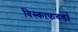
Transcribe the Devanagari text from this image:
विस्काफवर्डा